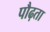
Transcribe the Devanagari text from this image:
पौढ़ता